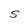
Character: S